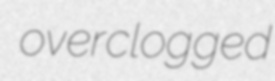
overclogged